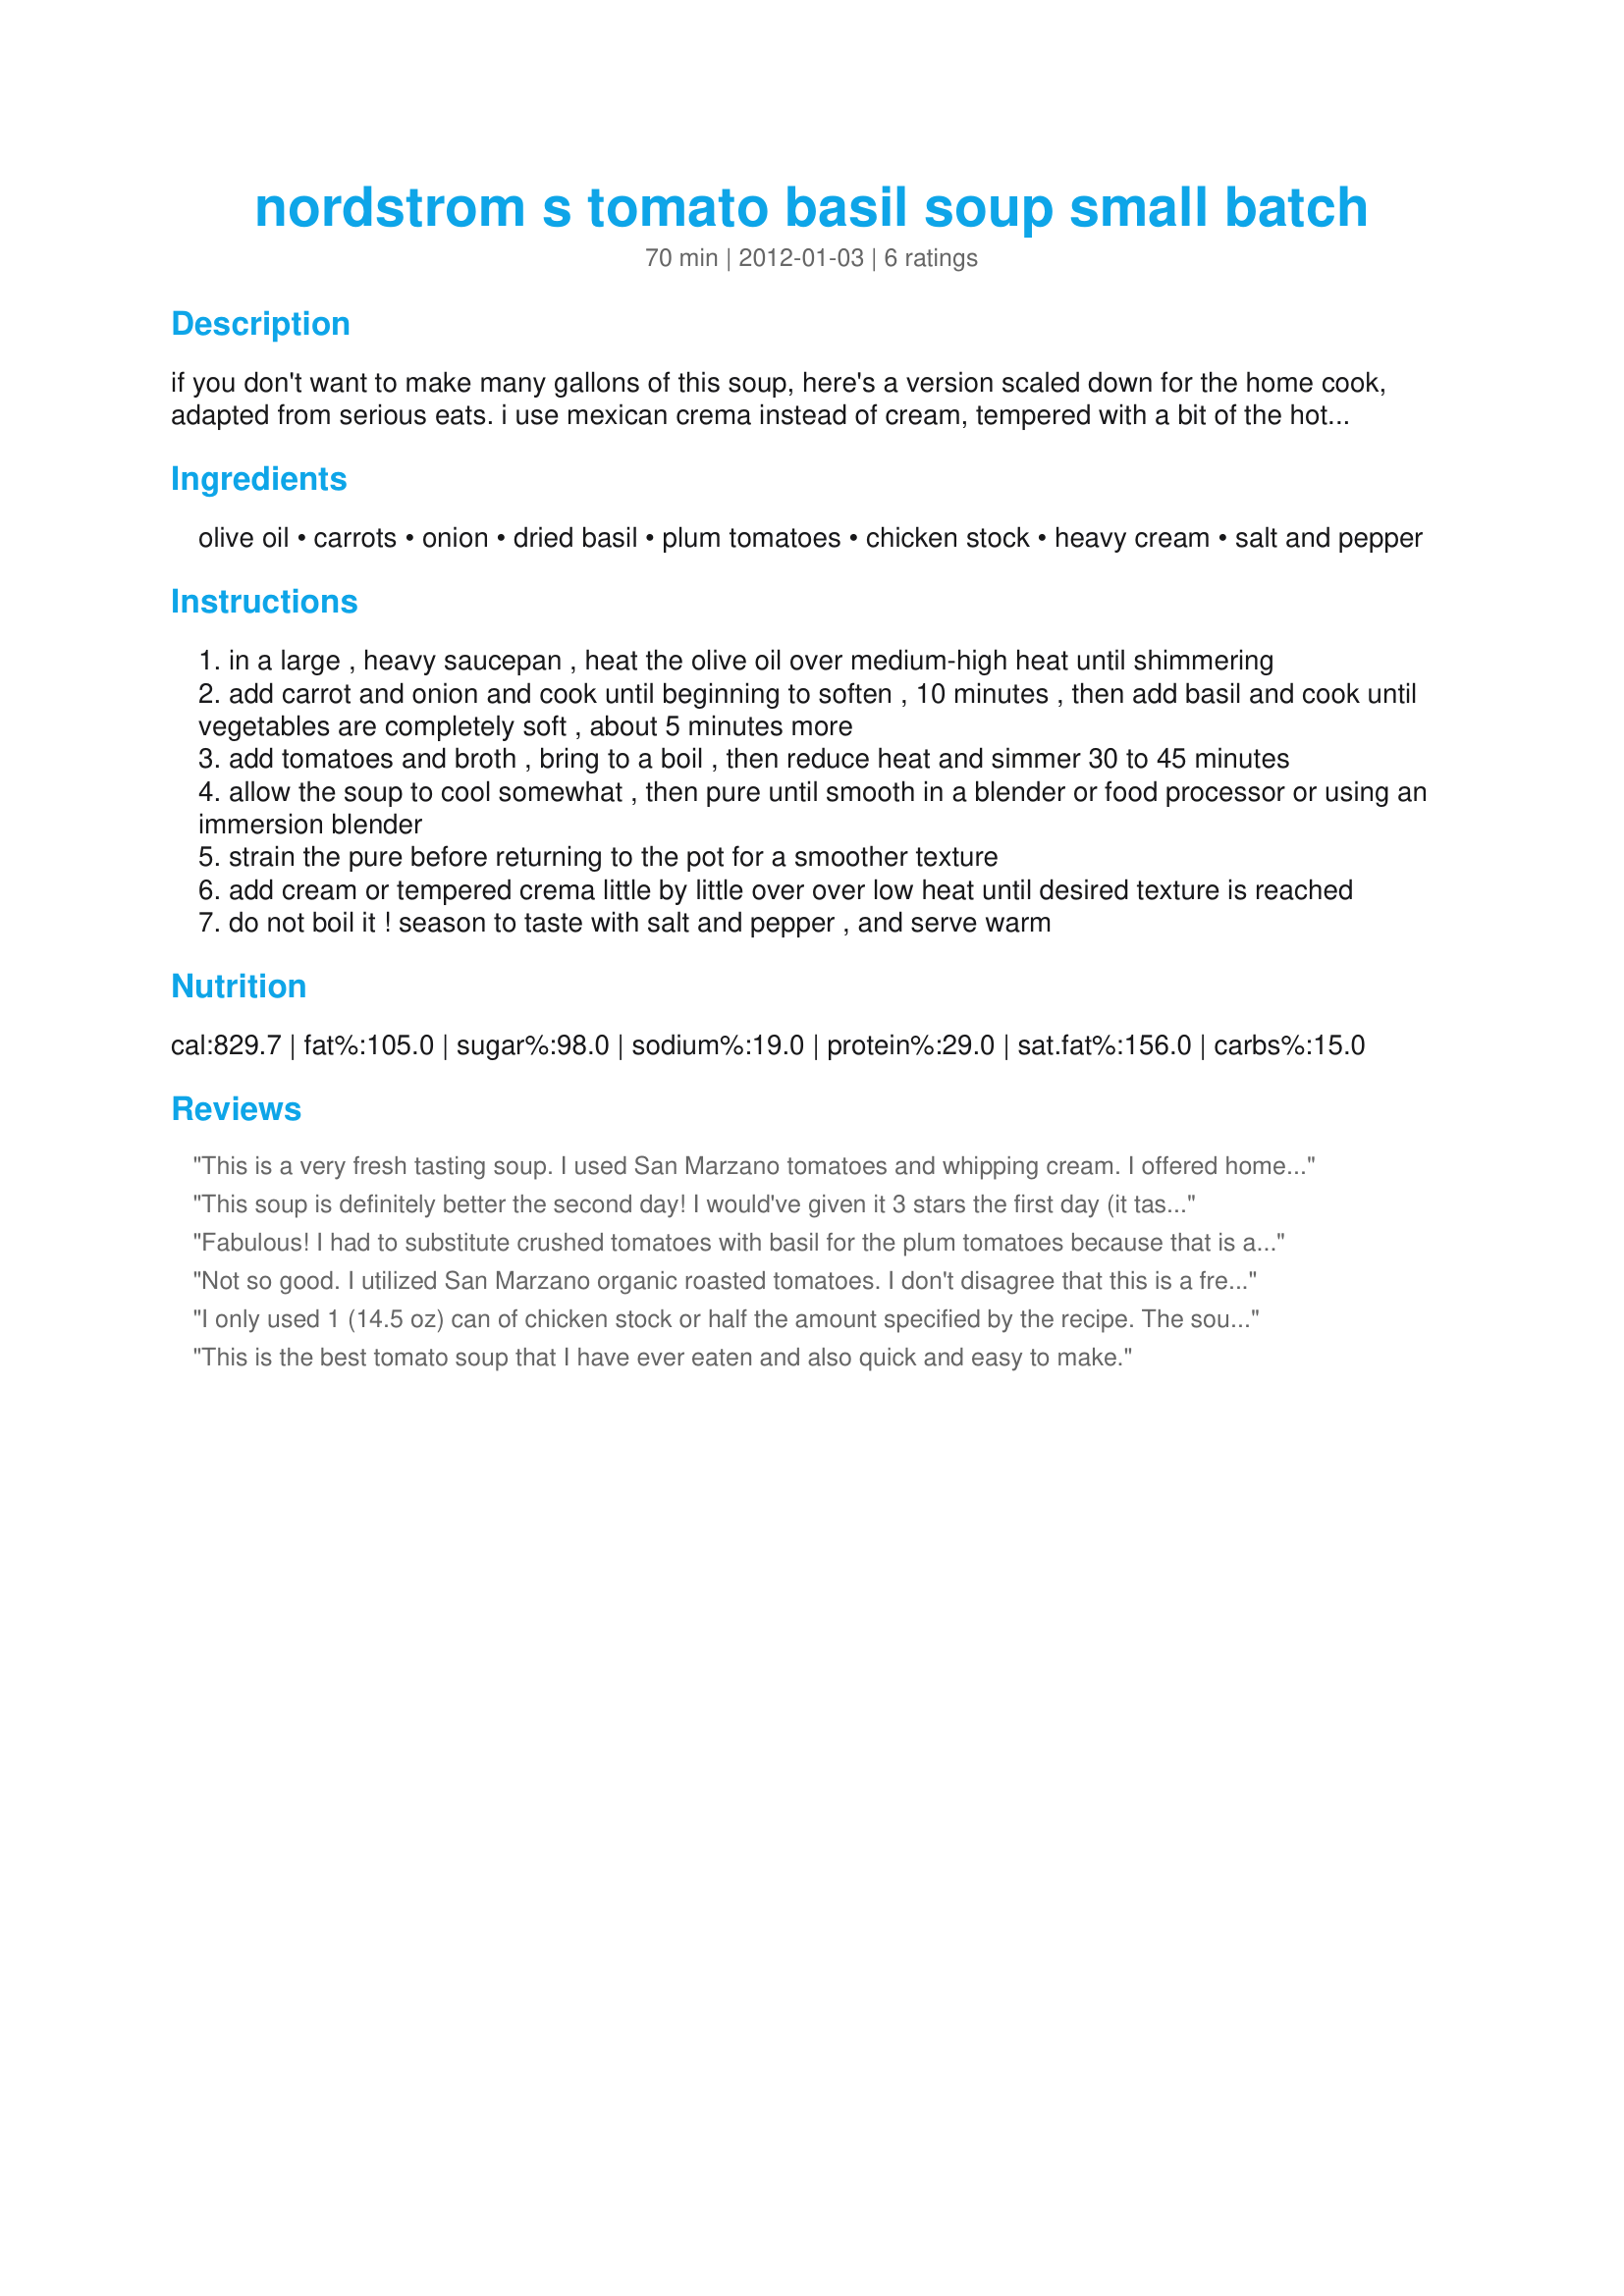
nordstrom s tomato basil soup small batch
Preparation time: 70 minutes

if you don't want to make many gallons of this soup, here's a version scaled down for the home cook, adapted from serious eats.
i use mexican crema instead of cream, tempered with a bit of the hot soup before adding.
make sure to use dried basil, it won't work well at all with fresh because of the cooking time.
although this allegedly makes 4 servings, i got 6 generous bowls of soup.

Ingredients:
olive oil, carrots, onion, dried basil, plum tomatoes, chicken stock, heavy cream, salt and pepper

Steps:
in a large , heavy saucepan , heat the olive oil over medium-high heat until shimmering
add carrot and onion and cook until beginning to soften , 10 minutes , then add basil and cook until vegetables are completely soft , about 5 minutes more
add tomatoes and broth , bring to a boil , then reduce heat and simmer 30 to 45 minutes
allow the soup to cool somewhat , then pure until smooth in a blender or food processor or using an immersion blender
strain the pure before returning to the pot for a smoother texture
add cream or tempered crema little by little over over low heat until desired texture is reached
do not boil it ! season to taste with salt and pepper , and serve warm

Reviews:
This is a very fresh tasting soup. I used San Marzano tomatoes and whipping cream. I offered homemade croutons for the kids who wanted a crunchy topping. Be sure to taste test before serving. I added approximately 2 t of salt and a generous amount of fresh ground pepper. The overall rating from the four of us was 3.5 - 5, but since I cannot give it a half star, we gave it a 4. I successfully halved this recipe and served with grilled cheese sammiches. This does make several generous bowls of soup. I would say half the recipe made 10 cups. Thanks for posting Zelz. I will be making this again! WOW, thisis even better then next day for lunch. That's it, I'm bumping it up to a 5* rating! YUM!
This soup is definitely better the second day! I would've given it 3 stars the first day (it tasted watery to me), but waited to review until I tasted the leftovers based on Chicagoland Chef's review. It is definitely 5 stars now--and I am so glad, because I love the Nordstrom soup! Thank you!
Fabulous! I had to substitute crushed tomatoes with basil for the plum tomatoes because that is all I had. I tasted the soup prior to adding the cream and it was deliciuous, too. Next time I will only puree half of the soup so that I have some chunks (personal preference).This was very easy and I can&#039;t think of any way to improve on the flavor. I can&#039;t comment on &quot;next day leftovers&quot; because there weren&#039;t any!
Not so good. I utilized San Marzano organic roasted tomatoes. I don't disagree that this is a fresh tasting soup. We did not eat it until the second day, per the advice of others. Although it was physically a smooth consistency, it did not have a smooth taste. It is rather acidic. If I were to make this one again (not likely), I would use butter instead of olive oil to try to improve the flavor. That's a difficult statement to make, as olive oil is predominant in our home. The good news is that I also made La Madeleine's Tomato-Basil Soup from food.com the same afternoon and it had the wonderful taste for which I was striving. La Madeleine's Tomato-Basil Soup deserves five stars.
I only used 1 (14.5 oz) can of chicken stock or half the amount specified by the recipe. The soup was a little runny. Tastes great tho. Thank you.
This is the best tomato soup that I have ever eaten and also quick and easy to make.
